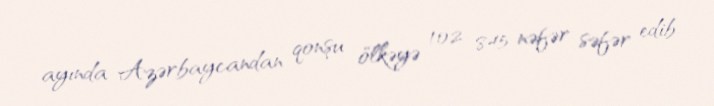
ayında Azərbaycandan qonşu ölkəyə 102 845 nəfər səfər edib.